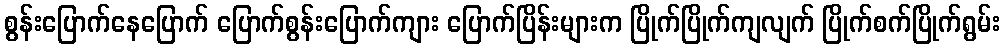
စွန်းပြောက်နေပြောက် ပြောက်စွန်းပြောက်ကျား ပြောက်ပြိန်းများက ပြိုက်ပြိုက်ကျလျက် ပြိုက်စက်ပြိုက်ရွမ်း